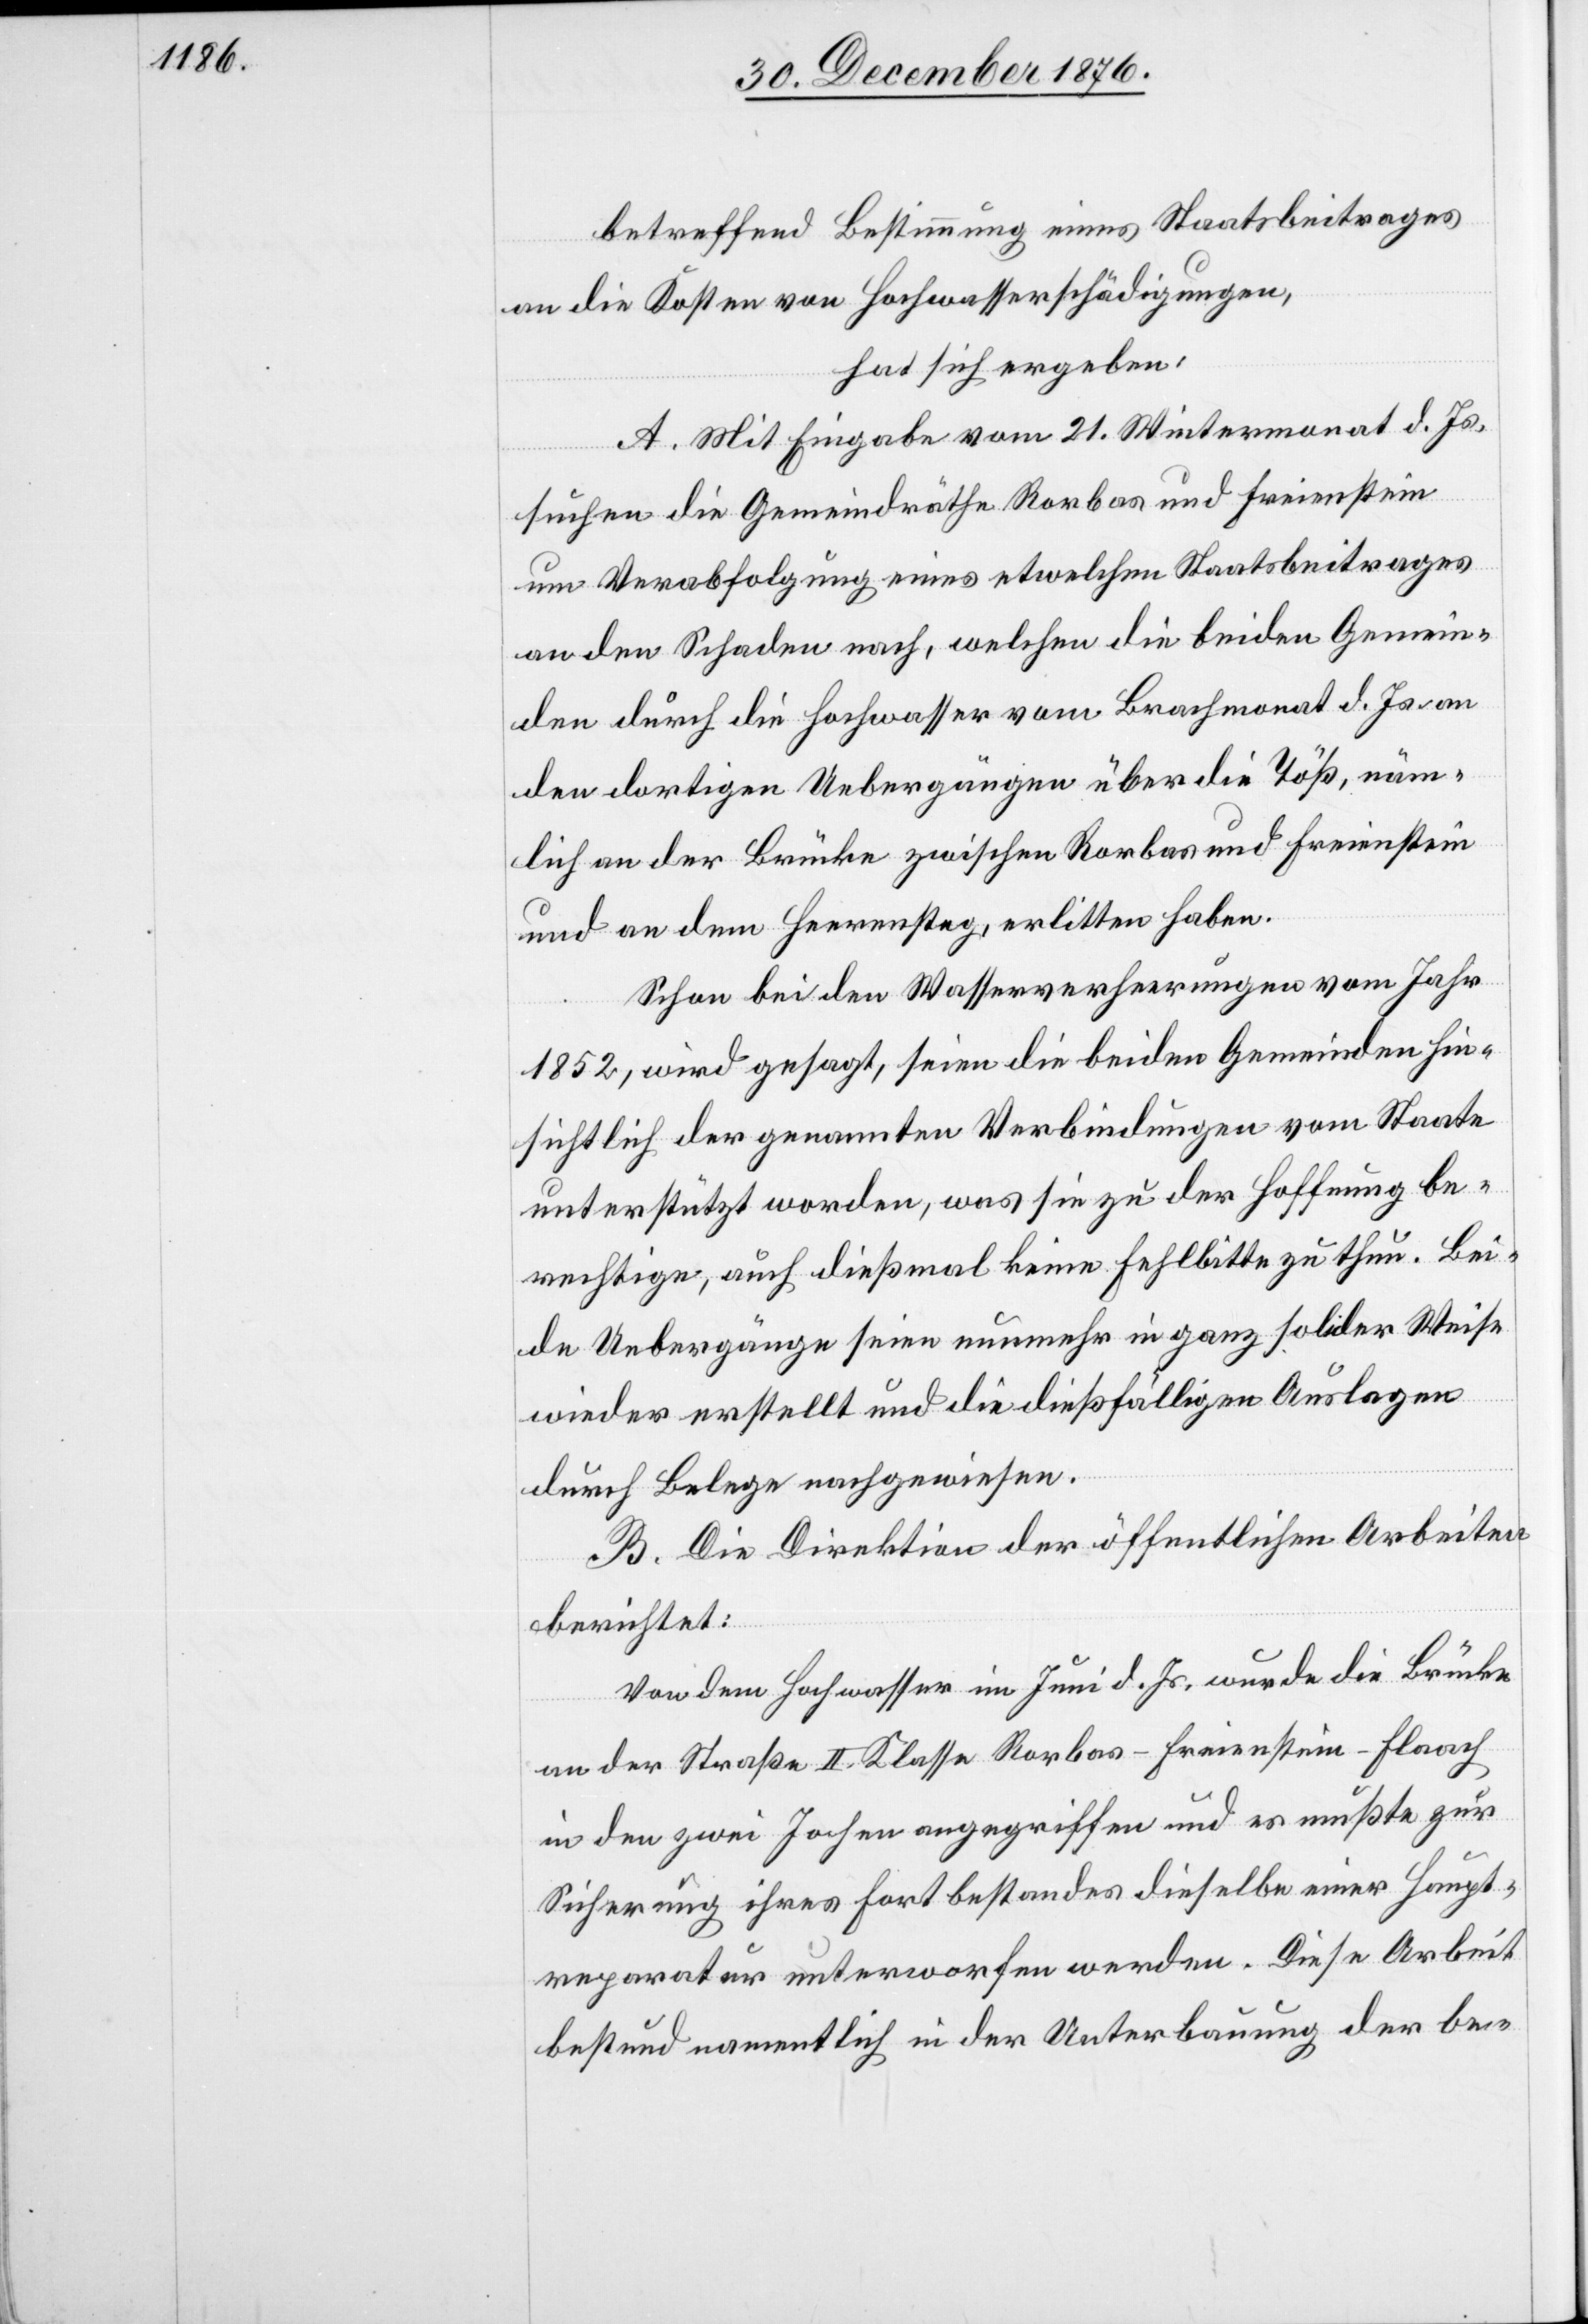
betreffend Bestimmung eines Staatsbeitrages
an die Kosten von Hochwasserschädigungen,
hat sich ergeben:
A. Mit Eingabe vom 21. Wintermonat d. Js.
suchen die Gemeindräthe Rorbas und Freienstein
um Verabfolgung eines etwelchen Staatsbeitrages
an den Schaden nach, welchen die beiden Gemein¬
den durch die Hochwasser vom Brachmonat d. Js. an
den dortigen Uebergängen über die Töß, näm¬
lich an der Brücke zwischen Rorbas und Freienstein
und an dem Heerensteg, erlitten haben.
Schon bei den Wasserverheerungen vom Jahr
1852, wird gesagt, seien die beiden Gemeinde hin¬
sichtlich der genannten Verbindungen vom Staate
unterstützt worden, was sie zu der Hoffnung be¬
rechtige, auch dießmal keine Fehlbitte zu thun. Bei¬
de Uebergänge seien nunmehr in ganz solider Weise
wieder erstellt und die dießfälligen Auslagen
durch Belege nachgewiesen.
B. Die Direktion der öffentlichen Arbeiten
berichtet:
Von dem Hochwasser im Juni d. Js. wurde die Brücke
an der Straße II. Klasse Rorbas–Freienstein–Flaach
in den zwei Jochen angegriffen und es mußte zur
Sicherung ihres Fortbestandes dieselbe einer Haupt¬
reparatur unterworfen werden. Diese Arbeit
bestund namentlich in der Unterbauung der be-